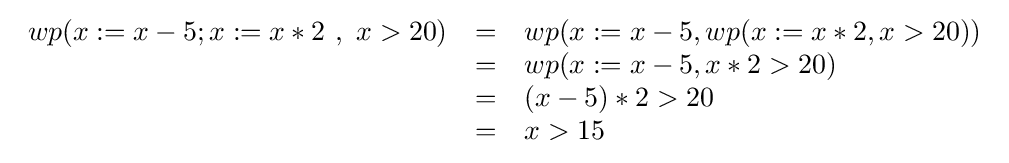
{\begin{array}{rcl}wp(x:=x-5;x:=x*2\ ,\ x>20)&=&wp(x:=x-5,wp(x:=x*2,x>20))\\&=&wp(x:=x-5,x*2>20)\\&=&(x-5)*2>20\\&=&x>15\end{array}}